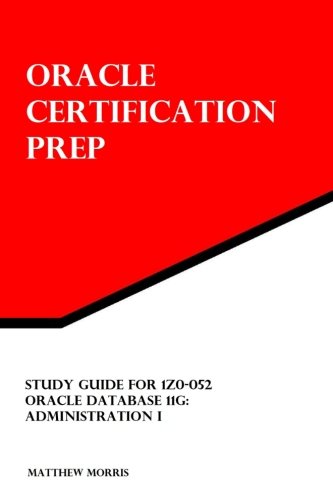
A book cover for Study Guide for 1Z0-052: Oracle Database 11g: Administration I: Oracle Certification Prep; Matthew Morris; Computers & Technology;